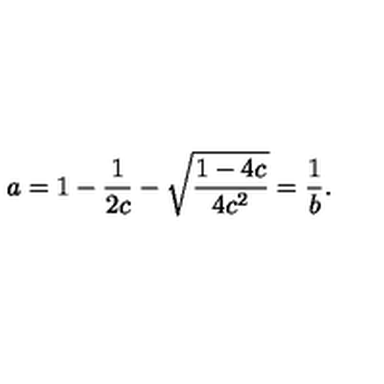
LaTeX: a = 1 - \frac { 1 } { 2 c } - \sqrt { \frac { 1 - 4 c } { 4 c ^ { 2 } } } = \frac { 1 } { b } .